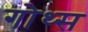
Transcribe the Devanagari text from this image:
गोथ्स